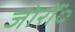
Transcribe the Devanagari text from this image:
जोरोंंं